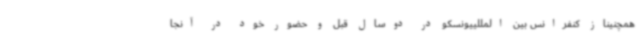
همچنیناز کنفرانس بین المللییونسکو در دوسال قبل و حضور خود در آنجا